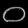
Digit: ၀